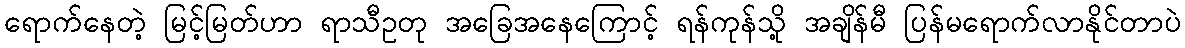
ရောက်နေတဲ့ မြင့်မြတ်ဟာ ရာသီဥတု အခြေအနေကြောင့် ရန်ကုန်သို့ အချိန်မီ ပြန်မရောက်လာနိုင်တာပဲ